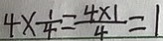
4 \times \frac { 1 } { 4 } = \frac { 4 \times 1 } { 4 } = 1